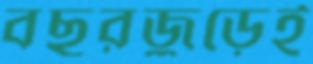
বছরজুড়েই